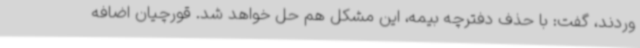
وردند، گفت: با حذف دفترچه بیمه، این مشکل هم حل خواهد شد. قورچیان اضافه